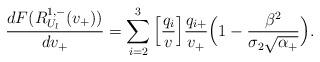
LaTeX: \begin{align*}\frac{dF(R_{U_l}^{1,-}(v_+))}{dv_+}= \sum_{i=2}^3 \Big[\frac{q_i}{v}\Big] \frac{q_{i+}}{v_+} \Big( 1 - \frac{\beta^2 }{\sigma_2 \sqrt{\alpha_+}} \Big).\end{align*}